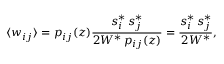
\langle w _ { i j } \rangle = p _ { i j } ( z ) \frac { s _ { i } ^ { * } \, s _ { j } ^ { * } } { 2 W ^ { * } \, p _ { i j } ( z ) } = \frac { s _ { i } ^ { * } \, s _ { j } ^ { * } } { 2 W ^ { * } } ,